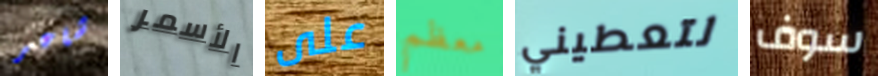
شاعر الأسمر على معظم لتعطيني سوف